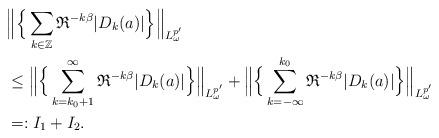
LaTeX: \begin{align*}&\Big\|\Big\{\sum_{k\in \mathbb Z}{\mathfrak R}^{-k\beta}|D_k(a)|\Big\}\Big\|_{L^{p'}_{\omega}}\\&\le \Big\|\Big\{\sum_{k=k_0+1}^\infty{\mathfrak R}^{-k\beta}|D_k(a)|\Big\}\Big\|_{L^{p'}_{\omega}} + \Big\|\Big\{\sum_{k=-\infty}^{k_0}{\mathfrak R}^{-k\beta}|D_k(a)|\Big\}\Big\|_{L^{p'}_{\omega}}\\ &=:I_1+I_2.\end{align*}